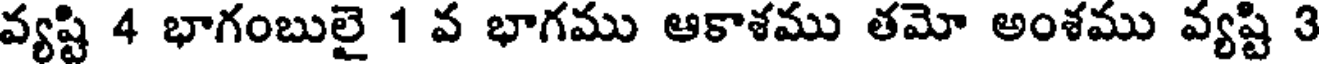
వ్యష్టి 4 భాగంబులై 1 వ భాగము ఆకాశము తమో అంశము వ్యష్టి 3